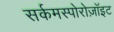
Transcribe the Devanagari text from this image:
सर्कमस्पोरोज़ॉइट